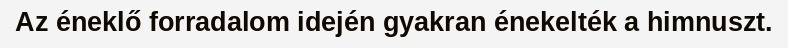
Az éneklő forradalom idején gyakran énekelték a himnuszt.